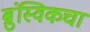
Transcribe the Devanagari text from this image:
ब्रुंस्विकचा